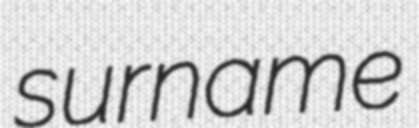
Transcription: surname